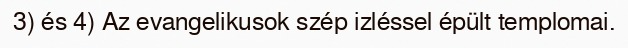
3) és 4) Az evangelikusok szép izléssel épült templomai.